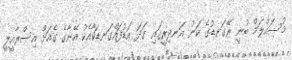
މުސައްލަމް ބުނީ ރޭގަނޑުގެ ކަނު އަނދިރީގައި ގަދަ އަޑުފައްގަނޑަކާއެކު އޭނާގެ ގެއަށް އިސްރާއީލީ